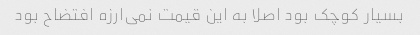
بسیار کوچک بود اصلا به این قیمت نمی‌ارزه افتضاح بود